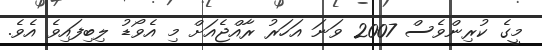
މީގެ ކުރިންވެސް 2007 ވަނަ އަހަރު ރާއްޖެއަށް މި އެވޯޑު ލިބިފައިވެ އެވެ.